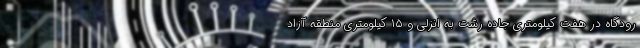
رودگاه در هفت کیلومتری جاده رشت به انزلی و ۱۵ کیلومتری منطقه آزاد